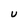
Character: U